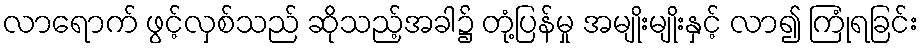
လာရောက် ဖွင့်လှစ်သည် ဆိုသည့်အခါ၌ တုံ့ပြန်မှု အမျိုးမျိုးနှင့် လာ၍ ကြုံရခြင်း